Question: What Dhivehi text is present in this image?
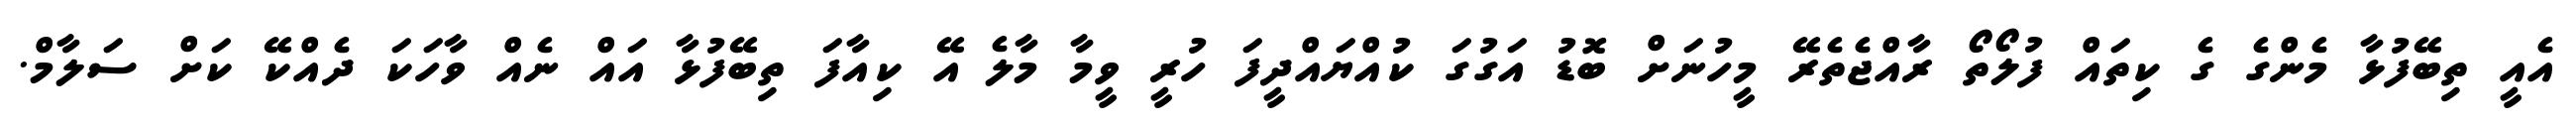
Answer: އެއީ ތިބޭފުޅާ މެންގެ ގެ ކިތައް ފުލޯތޯ ރާއްޖެތެރޭ މީހުނަށް ބޮޑު އަގުގަ ކުއްޔައްދީފަ ހުރީ ވީމާ މާލެ އޭ ކިއާފަ ތިބޭފުޅާ އައް ނެއް ވާހަކަ ދެއްކޭ ކަށް ސަލާމް.